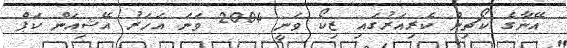
އޭނާގެ ކޯޗިން ކެރިއަރުގައި ޒިކޯ ވަނީ 2004 ވަނަ އަހަރު އޭޝިއަން ކަޕް